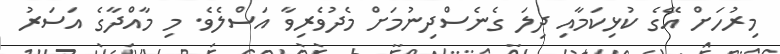
މިރުހަށް އޭގެ ކުޅިކަމާއި ދިލަ ގެނެސްދިނުމަށް މެދުވެރިވާ އަސްލެވެ. މި މާއްދާގެ އަސަރު